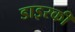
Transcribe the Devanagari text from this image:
डाइरकी